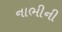
નાભીની